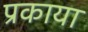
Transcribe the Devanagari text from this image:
प्रकाया